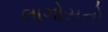
લાગોસનો